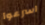
اسرعوا